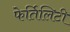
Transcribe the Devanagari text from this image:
फेर्तिलिटी